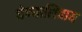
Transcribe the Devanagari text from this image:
घेण्याशिवाय